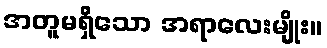
အတူမရှိသော အရာလေးမျိုး။